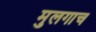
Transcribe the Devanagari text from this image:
मुलगाच